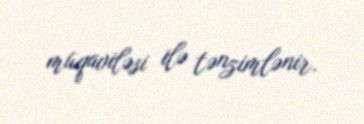
müqaviləsi ilə tənzimlənir.